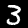
Label: 3